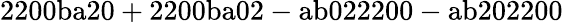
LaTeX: \mathrm{2200ba20+2200ba02-ab022200-ab202200}